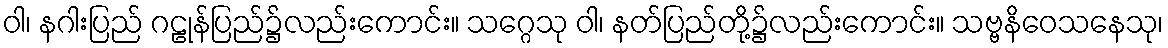
ဝါ၊ နဂါးပြည် ဂဠုန်ပြည်၌လည်းကောင်း။ သဂ္ဂေသု ဝါ၊ နတ်ပြည်တို့၌လည်းကောင်း။ သဗ္ဗနိဝေသနေသု၊